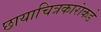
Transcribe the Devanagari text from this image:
छायाचित्रकारांकडे